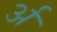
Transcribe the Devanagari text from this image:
र्अ